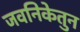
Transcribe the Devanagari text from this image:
जवनिकेतुन